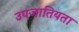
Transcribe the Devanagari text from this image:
उपजातियता